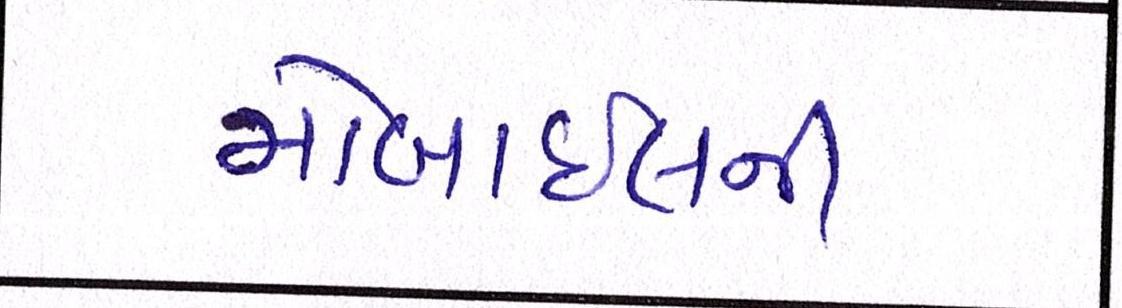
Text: મોબાઈલની